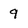
Character: 9